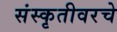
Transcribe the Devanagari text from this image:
संस्कृतीवरचे